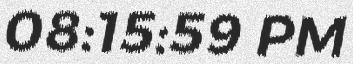
08:15:59 PM